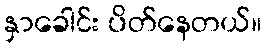
နှာခေါင်း ပိတ်နေတယ်။